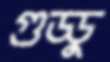
গুড্ডু